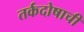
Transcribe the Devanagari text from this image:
तर्कदोषाची